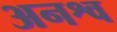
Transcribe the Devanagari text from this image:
अनश्व